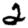
Digit: 2